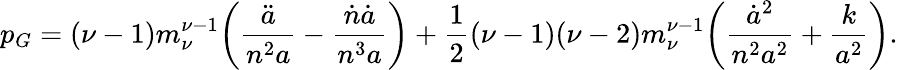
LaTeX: p_{G}=(\nu-1)m_{\nu}^{\nu-1}\! \left(\frac{\ddot{a}}{n^{2}a}-\frac{\dot{n}\dot{a}}{n^{3}a}\right)+\frac{1}{2}(\nu-1)(\nu-2)m_{\nu}^{\nu-1}\! \left(\frac{\dot{a}^{2}}{n^{2}a^{2}}+\frac{k}{a^{2}}\right).